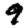
Digit: 9